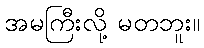
အမကြီးလို့ မတဘူး။